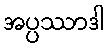
အပ္ပဿာဒါ